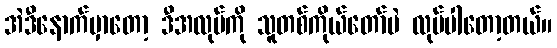
အဲဒီနောက်မှာတော့ ဒီအလုပ်ကို သူတစ်ကိုယ်တော်ပဲ လုပ်ပါတော့တယ်။